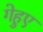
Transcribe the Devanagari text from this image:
गेहुए